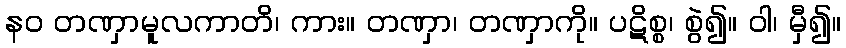
နဝ တဏှာမူလကာတိ၊ ကား။ တဏှာ၊ တဏှာကို။ ပဋိစ္စ၊ စွဲ၍။ ဝါ၊ မှီ၍။